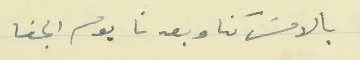
بالامسَ كنا وبعدنا يوم الجفا